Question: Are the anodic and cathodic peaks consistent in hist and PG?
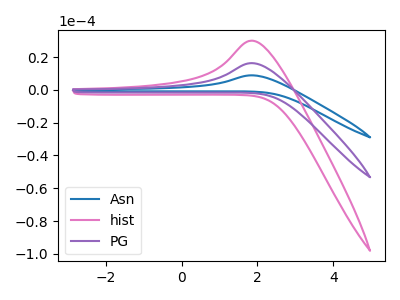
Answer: <think>The blue curve "Asn" has an anodic peak at: (1.85V, 32.60uA). The pink curve "hist" has an anodic peak at: (1.85V, 30.00uA). The purple curve "PG" has an anodic peak at: (1.85V, 16.30uA).</think>
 <answer>Yes, "hist" have a peak in "PG" at the same potential.</answer>
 <eval>match</eval>